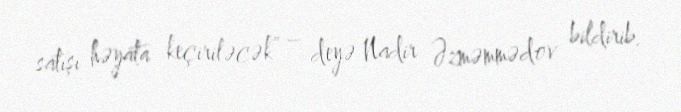
satışı həyata keçiriləcək” – deyə Nadir Əzməmmədov bildirib.